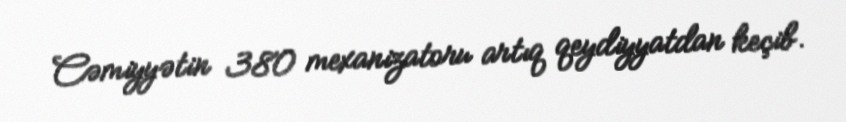
Cəmiyyətin 380 mexanizatoru artıq qeydiyyatdan keçib.